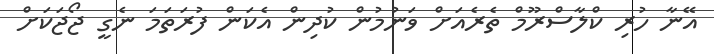
އޭނާ ހުރި ކްލާސްރޫމް ތެރެއަށް ވަނުމުން ކުދިން އެކަން ފުރަތަމަ ނެގީ ޖޯޖަކަށް